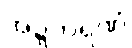
အဍ္ဍကရဏံ